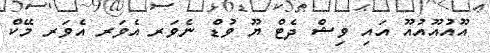
އޫއުއޫއުއޫ އައި ވިޝް ދެޓް ޔޫ ވުޑް ނެވަރ އެވަރ އެވަރ މޭކް